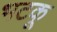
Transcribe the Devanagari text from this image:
भटकू